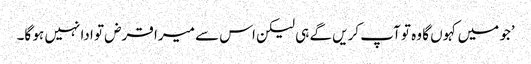
’جو میں کہوں گا وہ تو آپ کریں گے ہی لیکن اس سے میرا قرض تو ادا نہیں ہو گا۔